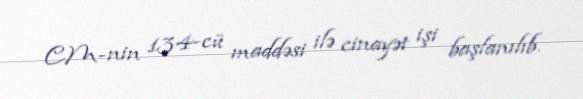
CM-nin 134-cü maddəsi ilə cinayət işi başlanılıb.